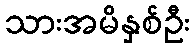
သားအမိနှစ်ဦး